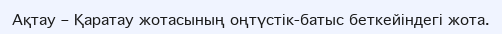
Ақтау – Қаратау жотасының оңтүстік-батыс беткейіндегі жота.